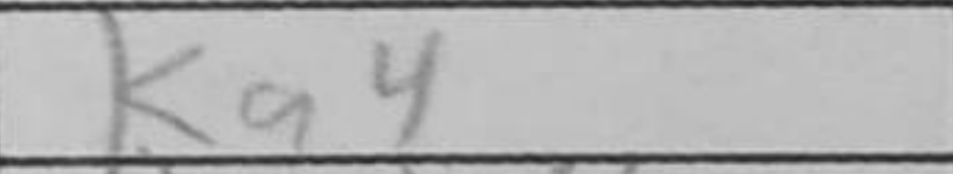
Transcription: Ka4